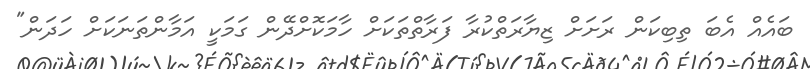
ބައެއް އެބަ ތިބިކަން ރަށަށް ޒިޔާރަތްކުރާ ފަރާތްތަކަށް ހާމަކޮށްދޭން ގަމަކީ އަމާންތަނަކަށް ހަދަން"